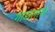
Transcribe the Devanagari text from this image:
गांडालाल